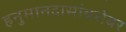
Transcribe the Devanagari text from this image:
हनुमानदासांबरोबर